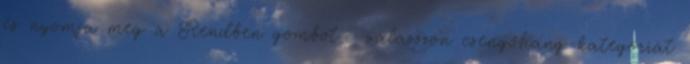
és nyomja meg a Rendben gombot → válasszon csengőhang-kategóriát